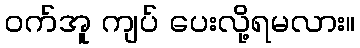
ဝက်အူ ကျပ် ပေးလို့ရမလား။